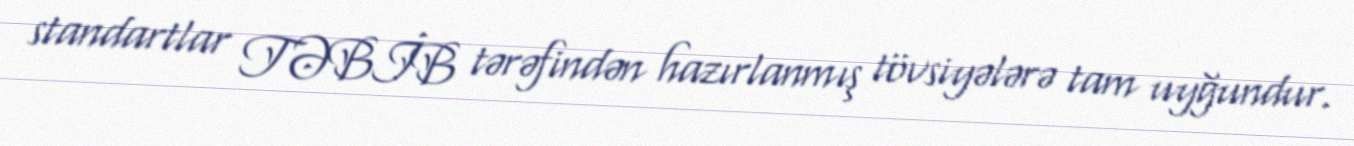
standartlar TƏBİB tərəfindən hazırlanmış tövsiyələrə tam uyğundur.